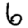
Digit: 6